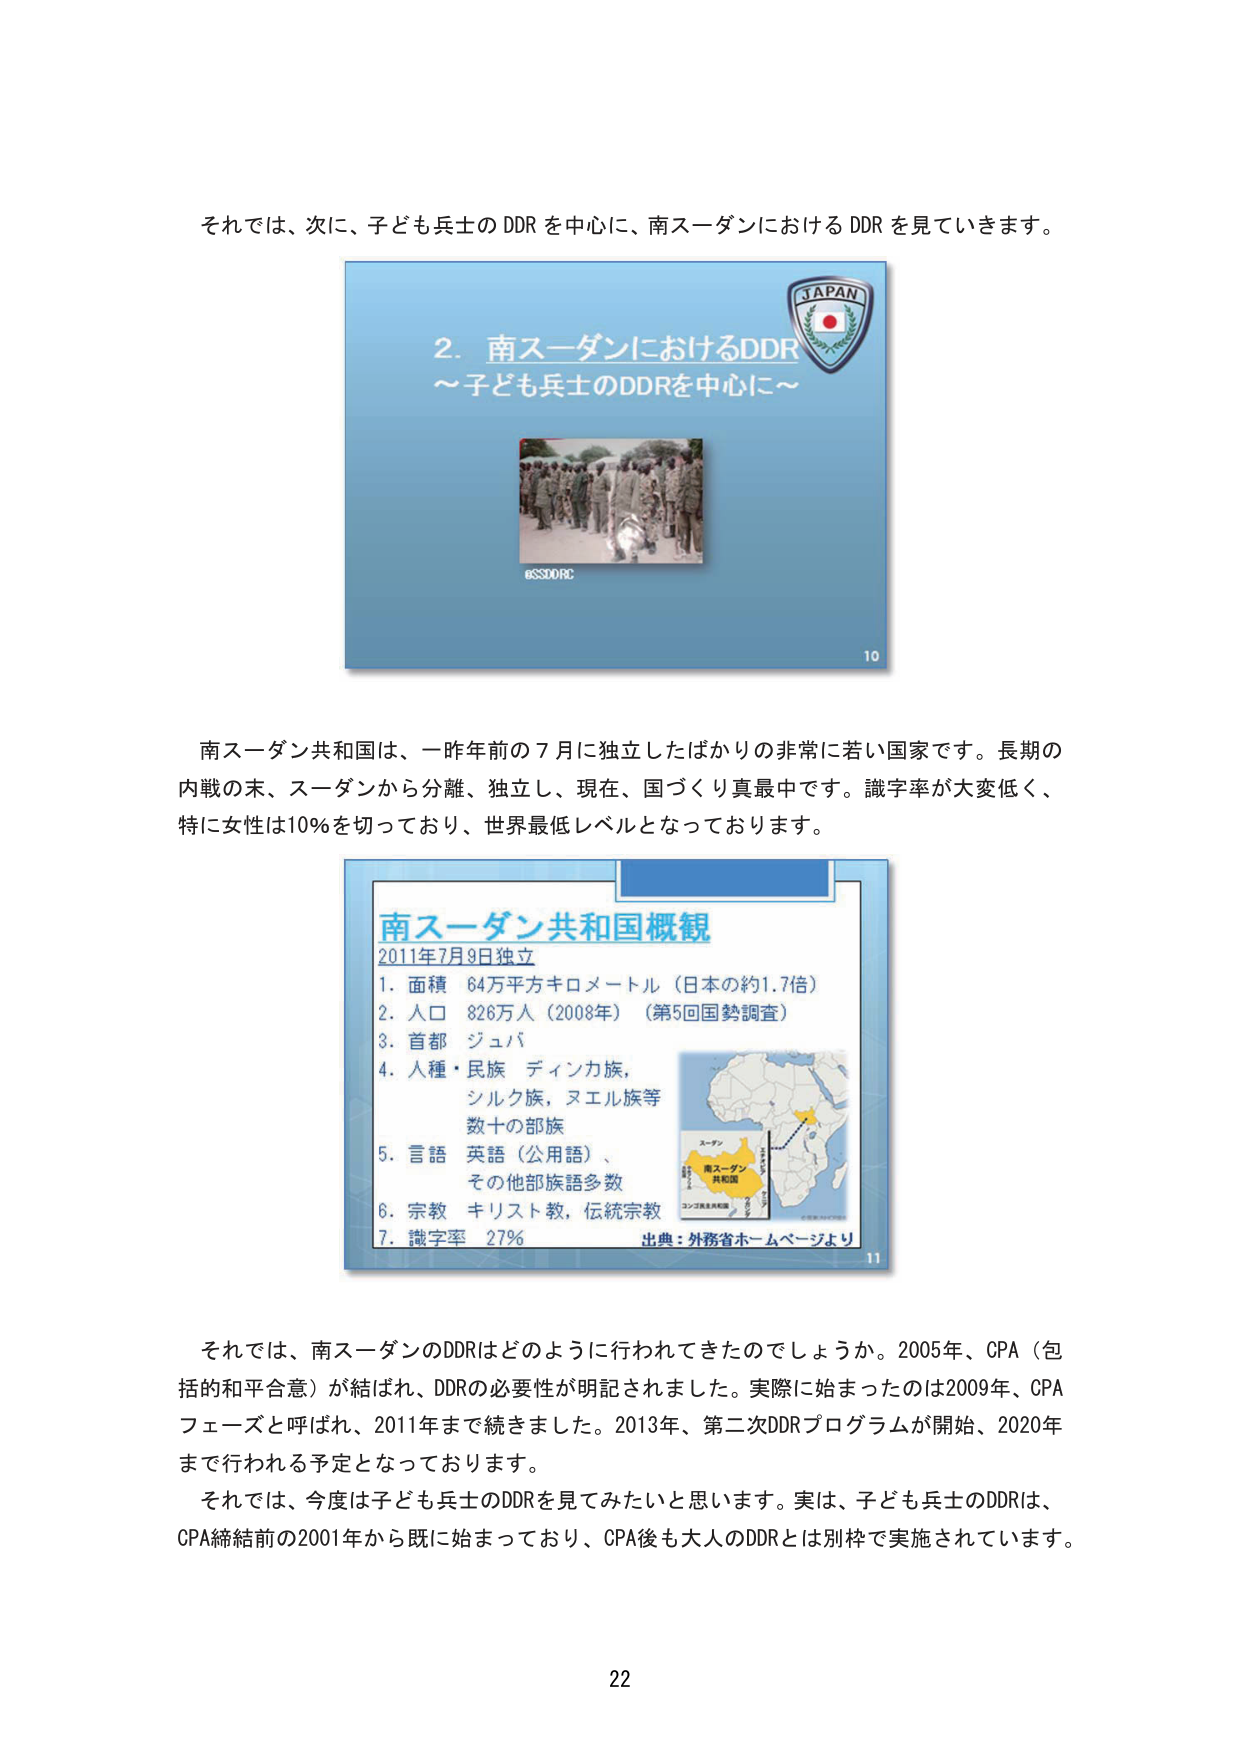
それでは、次に、子ども兵士のDDRを中心に、南スーダンにおけるDDRを見ていきます。

2. 南スーダンにおけるDDR
～子ども兵士のDDRを中心に～

@SSDORE

10

南スーダン共和国は、一昨年の7月に独立したばかりの非常に若い国家です。長期の
内戦の末、スーダンから分離、独立し、現在、国づくり真最中です。識字率が大変低く、
特に女性は10%を切っており、世界最低レベルとなっております。

南スーダン共和国概観
2011年7月9日独立
1. 面積 64万平方キロメートル（日本の約1.7倍）
2. 人口 826万人（2008年）（第5回国勢調査）
3. 首都 ジュバ
4. 人種・民族 ディンカ族、
シルク族、ヌエル族等
数十の部族
5. 言語 英語（公用語）、
その他部族語多数
6. 宗教 キリスト教、伝統宗教
7. 識字率 27%
出典：外務省ホームページより

11

それでは、南スーダンのDDRはどのように行われてきたのでしょうか。2005年、CPA（包括的和平合意）が結ばれ、DDRの必要性が明記されました。実際に始まったのは2009年、CPAフェーズと呼ばれ、2011年まで続きました。2013年、第二次DDRプログラムが開始、2020年まで行われる予定となっております。
それでは、今度は子ども兵士のDDRを見てみたいと思います。実は、子ども兵士のDDRは、
CPA締結前の2001年から既に始まっており、CPA後も大人のDDRとは別枠で実施されています。

22